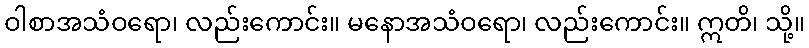
ဝါစာအသံဝရော၊ လည်းကောင်း။ မနောအသံဝရော၊ လည်းကောင်း။ ဣတိ၊ သို့။